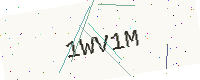
Text: 1WV1M